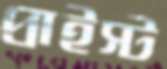
প্রাইস্ট